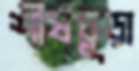
শীর্ষচূড়া